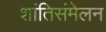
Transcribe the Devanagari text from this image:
शांतिसंमेलन